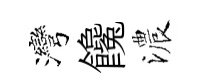
灣饞濃